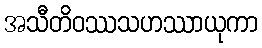
အသီတိဝဿသဟဿာယုကာ